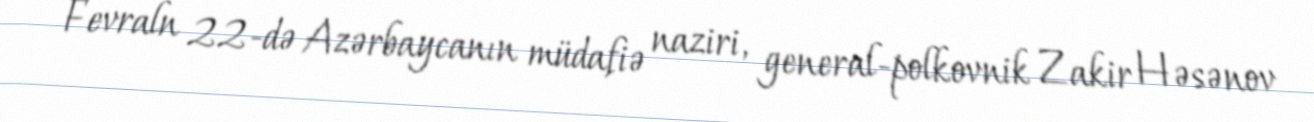
Fevraln 22-də Azərbaycanın müdafiə naziri, general-polkovnik Zakir Həsənov